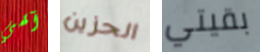
آلهي الحزين بقيتي